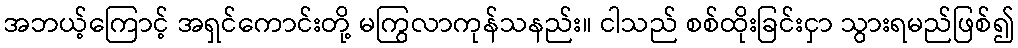
အဘယ့်ကြောင့် အရှင်ကောင်းတို့ မကြွလာကုန်သနည်း။ ငါသည် စစ်ထိုးခြင်းငှာ သွားရမည်ဖြစ်၍